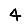
Digit: 4